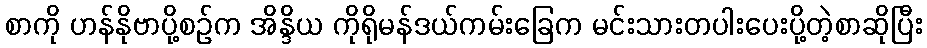
စာကို ဟန်နိုဗာပို့စဉ်က အိန္ဒိယ ကိုရိုမန်ဒယ်ကမ်းခြေက မင်းသားတပါးပေးပို့တဲ့စာဆိုပြီး